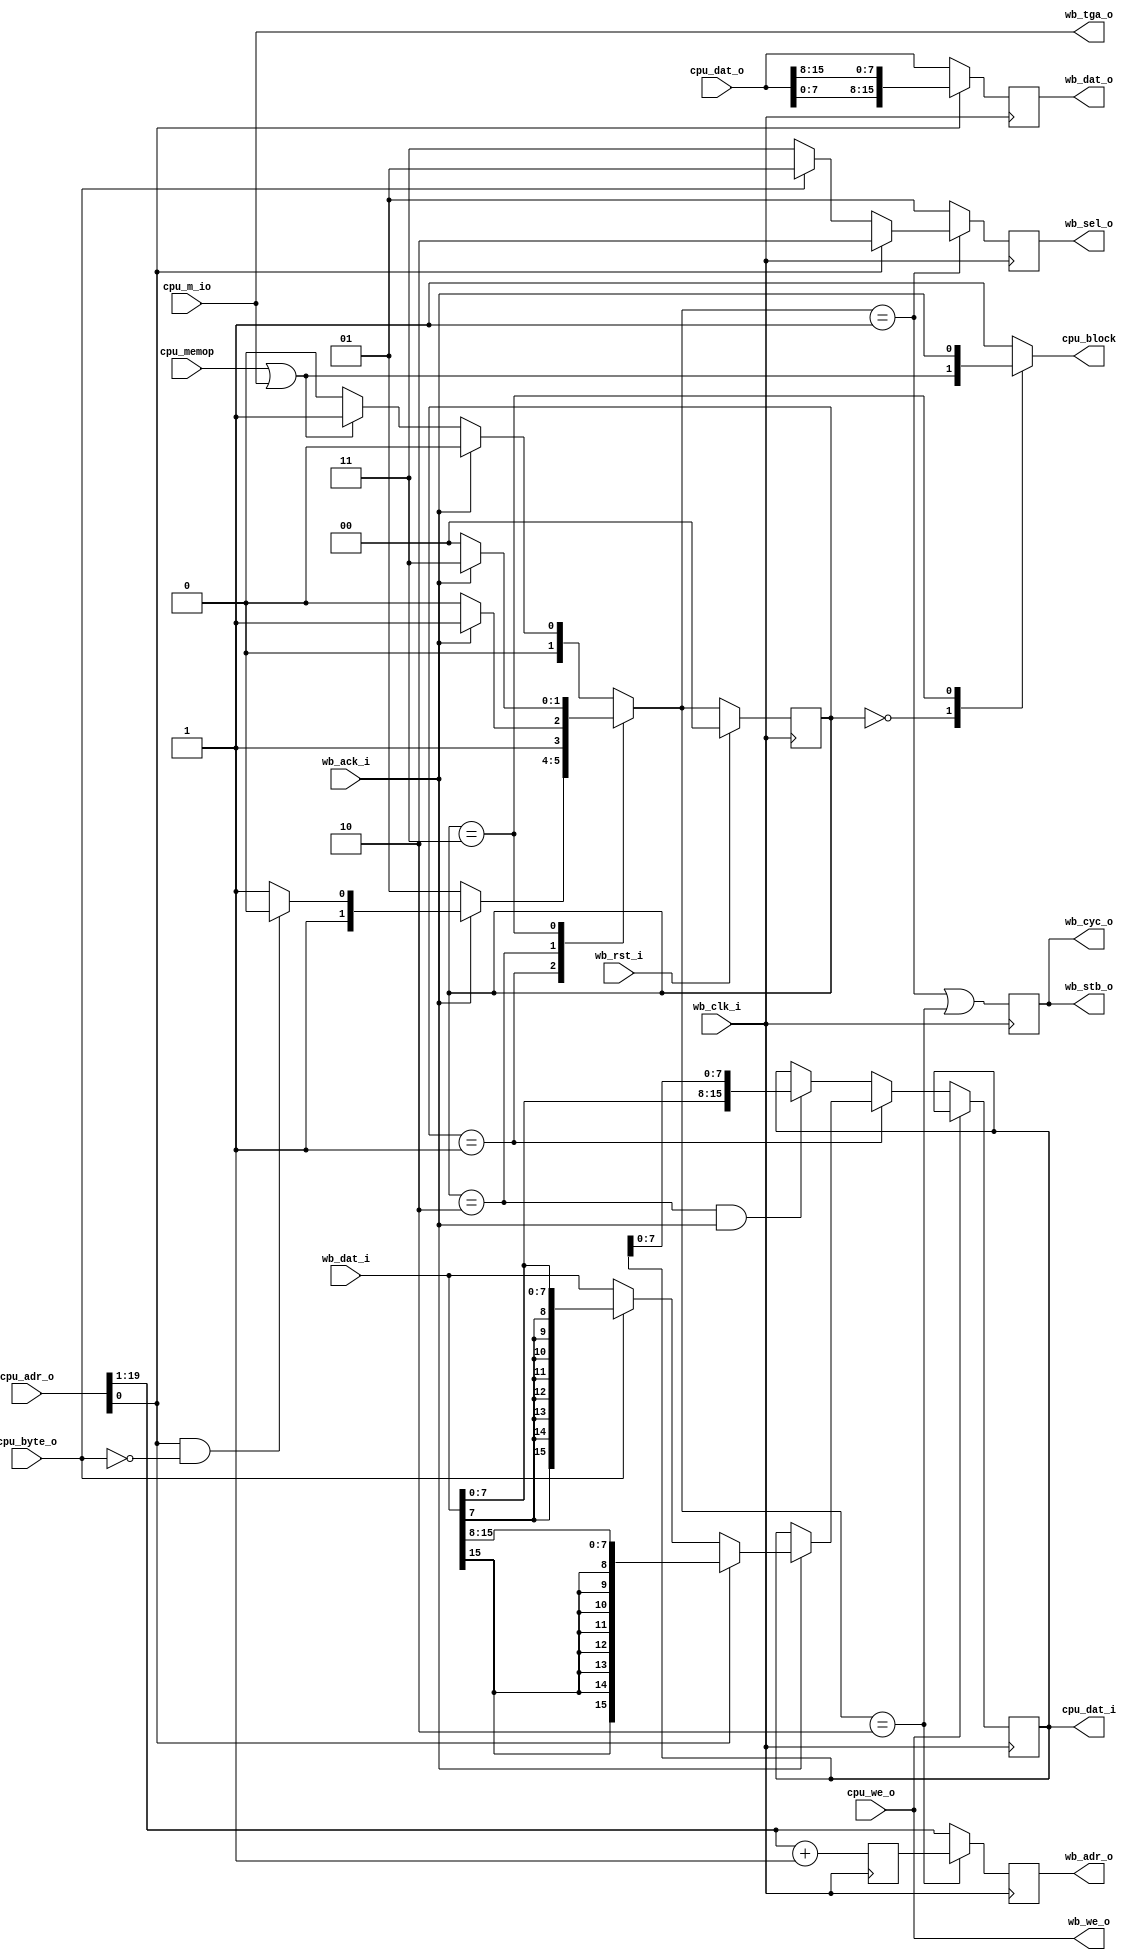
module zet_wb_master_1 (
    input             cpu_byte_o,
    input             cpu_memop,
    input             cpu_m_io,
    input      [19:0] cpu_adr_o,
    output reg        cpu_block,
    output reg [15:0] cpu_dat_i,
    input      [15:0] cpu_dat_o,
    input             cpu_we_o,
    input             wb_clk_i,
    input             wb_rst_i,
    input      [15:0] wb_dat_i,
    output reg [15:0] wb_dat_o,
    output reg [19:1] wb_adr_o,
    output            wb_we_o,
    output            wb_tga_o,
    output reg [ 1:0] wb_sel_o,
    output reg        wb_stb_o,
    output            wb_cyc_o,
    input             wb_ack_i
  );
  reg  [ 1:0] cs; 
  reg  [ 1:0] ns; 
  reg  [19:1] adr1; 
  wire        op; 
  wire        odd_word; 
  wire        a0;  
  wire [15:0] blw; 
  wire [15:0] bhw; 
  wire [ 1:0] sel_o; 
  localparam [1:0]
    IDLE    = 2'd0,
    stb1_hi = 2'd1,
    stb2_hi = 2'd2,
    bloc_lo = 2'd3;
  assign op        = (cpu_memop | cpu_m_io);
  assign odd_word  = (cpu_adr_o[0] & !cpu_byte_o);
  assign a0        = cpu_adr_o[0];
  assign blw       = { {8{wb_dat_i[7]}}, wb_dat_i[7:0] };
  assign bhw       = { {8{wb_dat_i[15]}}, wb_dat_i[15:8] };
  assign wb_we_o   = cpu_we_o;
  assign wb_tga_o  = cpu_m_io;
  assign sel_o     = a0 ? 2'b10 : (cpu_byte_o ? 2'b01 : 2'b11);
  assign wb_cyc_o  = wb_stb_o;
  always @(posedge wb_clk_i)
    cpu_dat_i <= cpu_we_o ? cpu_dat_i : ((cs == stb1_hi) ?
                   (wb_ack_i ?
                     (a0 ? bhw : (cpu_byte_o ? blw : wb_dat_i))
                   : cpu_dat_i)
                 : ((cs == stb2_hi && wb_ack_i) ?
                     { wb_dat_i[7:0], cpu_dat_i[7:0] }
                   : cpu_dat_i));
  always @(posedge wb_clk_i)
    adr1 <= cpu_adr_o[19:1] + 1'b1;
  always @(posedge wb_clk_i)
    wb_adr_o <= (ns==stb2_hi) ? adr1 : cpu_adr_o[19:1];
  always @(posedge wb_clk_i)
    wb_sel_o <= (ns==stb1_hi) ? sel_o : 2'b01;
  always @(posedge wb_clk_i)
    wb_stb_o <= (ns==stb1_hi || ns==stb2_hi);
  always @(posedge wb_clk_i)
    wb_dat_o <= a0 ? { cpu_dat_o[7:0], cpu_dat_o[15:8] }
                       : cpu_dat_o;
  always @(*)
    case (cs)
      IDLE:    cpu_block <= op;
      default: cpu_block <= 1'b1;
      bloc_lo: cpu_block <= wb_ack_i;
    endcase
  always @(posedge wb_clk_i)
    cs <= wb_rst_i ? IDLE : ns;
  always @(*)
    case (cs)
      default: ns <= wb_ack_i ? IDLE : (op ? stb1_hi : IDLE);
      stb1_hi: ns <= wb_ack_i ? (odd_word ? stb2_hi : bloc_lo) : stb1_hi;
      stb2_hi: ns <= wb_ack_i ? bloc_lo : stb2_hi;
      bloc_lo: ns <= wb_ack_i ? bloc_lo : IDLE;
    endcase
endmodule